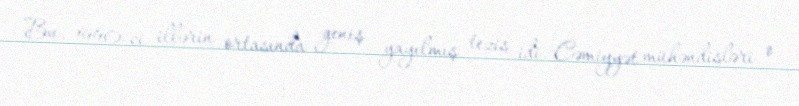
Bu, 1990-cı illərin ortasında geniş yayılmış tezis idi. Cəmiyyət mühəndisləri o